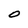
Character: O